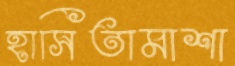
হাসিতামাশা